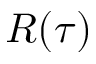
R ( \tau )